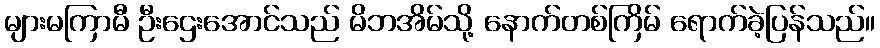
များမကြာမီ ဦးဌေးအောင်သည် မိဘအိမ်သို့ နောက်တစ်ကြိမ် ရောက်ခဲ့ပြန်သည်။